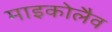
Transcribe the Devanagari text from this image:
माइकोलैव